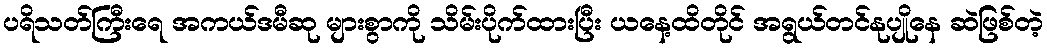
ပရိသတ်ကြီးရေ အကယ်ဒမီဆု များစွာကို သိမ်းပိုက်ထားပြီး ယနေ့ထိတိုင် အရွယ်တင်နုပျိုနေ ဆဲဖြစ်တဲ့